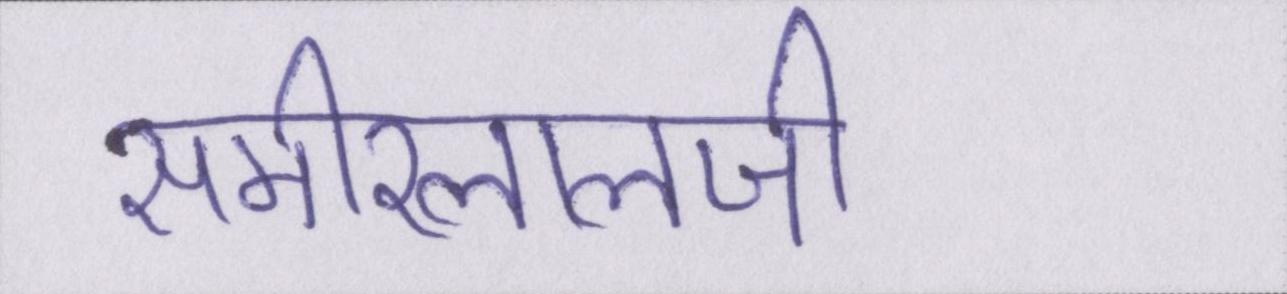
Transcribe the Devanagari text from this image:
समीरलालजी